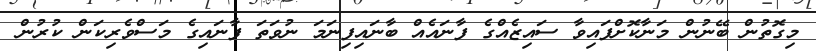
މިގޮތުން ބޭނުން މަނާކޮށްފައިވާ ސައިޒެއްގެ ފާނައެއް ބާނައިފިނަމަ ނުވަތަ ފާނައިގެ މަސްވެރިކަން ކުރުން